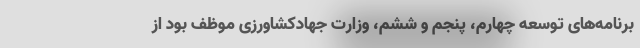
برنامه‌های توسعه چهارم، پنجم و ششم، وزارت جهادکشاورزی موظف بود از